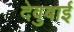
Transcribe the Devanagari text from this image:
देवुबाई